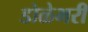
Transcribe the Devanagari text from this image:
डोळेभरी